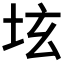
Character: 𡊨